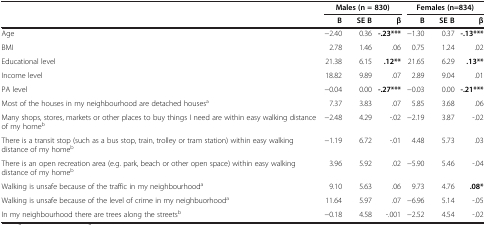
<table><thead><tr><td><b> </b></td><td colspan="3"><b>Males (n = 830)</b></td><td colspan="3"><b>Females (n=834)</b></td></tr><tr><td><b> </b></td><td><b>B</b></td><td><b>SE B</b></td><td><b>β</b></td><td><b>B</b></td><td><b>SE B</b></td><td><b>β</b></td></tr></thead><tbody><tr><td>Age</td><td>−2.40</td><td>0.36</td><td><b>-.23***</b></td><td>−1.30</td><td>0.37</td><td><b>-.13***</b></td></tr><tr><td>BMI</td><td>2.78</td><td>1.46</td><td>.06</td><td>0.75</td><td>1.24</td><td>.02</td></tr><tr><td>Educational level</td><td>21.38</td><td>6.15</td><td><b>.12**</b></td><td>21.65</td><td>6.29</td><td><b>.13**</b></td></tr><tr><td>Income level</td><td>18.82</td><td>9.89</td><td>.07</td><td>2.89</td><td>9.04</td><td>.01</td></tr><tr><td>PA level</td><td>−0.04</td><td>0.00</td><td><b>-.27***</b></td><td>−0.03</td><td>0.00</td><td><b>-.21***</b></td></tr><tr><td>Most of the houses in my neighbourhood are detached houses<sup>a</sup></td><td>7.37</td><td>3.83</td><td>.07</td><td>5.85</td><td>3.68</td><td>.06</td></tr><tr><td>Many shops, stores, markets or other places to buy things I need are within easy walking distance of my home<sup>b</sup></td><td>−2.48</td><td>4.29</td><td>-.02</td><td>−2.19</td><td>3.87</td><td>-.02</td></tr><tr><td>There is a transit stop (such as a bus stop, train, trolley or tram station) within easy walking distance of my home<sup>b</sup></td><td>−1.19</td><td>6.72</td><td>-.01</td><td>4.48</td><td>5.73</td><td>.03</td></tr><tr><td>There is an open recreation area (e.g. park, beach or other open space) within easy walking distance of my home<sup>b</sup></td><td>3.96</td><td>5.92</td><td>.02</td><td>−5.90</td><td>5.46</td><td>-.04</td></tr><tr><td>Walking is unsafe because of the traffic in my neighbourhood<sup>a</sup></td><td>9.10</td><td>5.63</td><td>.06</td><td>9.73</td><td>4.76</td><td><b>.08*</b></td></tr><tr><td>Walking is unsafe because of the level of crime in my neighbuorhood<sup>a</sup></td><td>11.64</td><td>5.97</td><td>.07</td><td>−6.96</td><td>5.14</td><td>-.05</td></tr><tr><td>In my neighbourhood there are trees along the streets<sup>b</sup></td><td>−0.18</td><td>4.58</td><td>-.001</td><td>−2.52</td><td>4.54</td><td>-.02</td></tr></tbody></table>